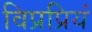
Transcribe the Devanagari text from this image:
विप्रप्रियं